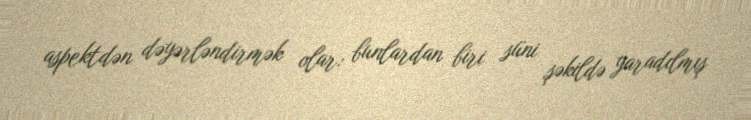
aspektdən dəyərləndirmək olar: bunlardan biri süni şəkildə yaradılmış